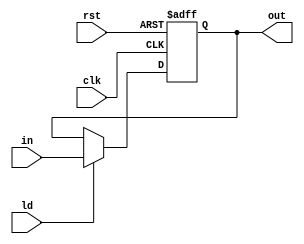
module DI (clk, rst, ld, in, out);

  input clk, rst, ld;
  input[4:0] in;
  output reg[4:0] out;

  always @ ( posedge clk, posedge rst ) begin
    out <= out;
    if (rst) begin
      out <= 5'b0;
    end
    else begin
      if (ld) begin
        out <= in;
      end
    end
  end

endmodule // DI